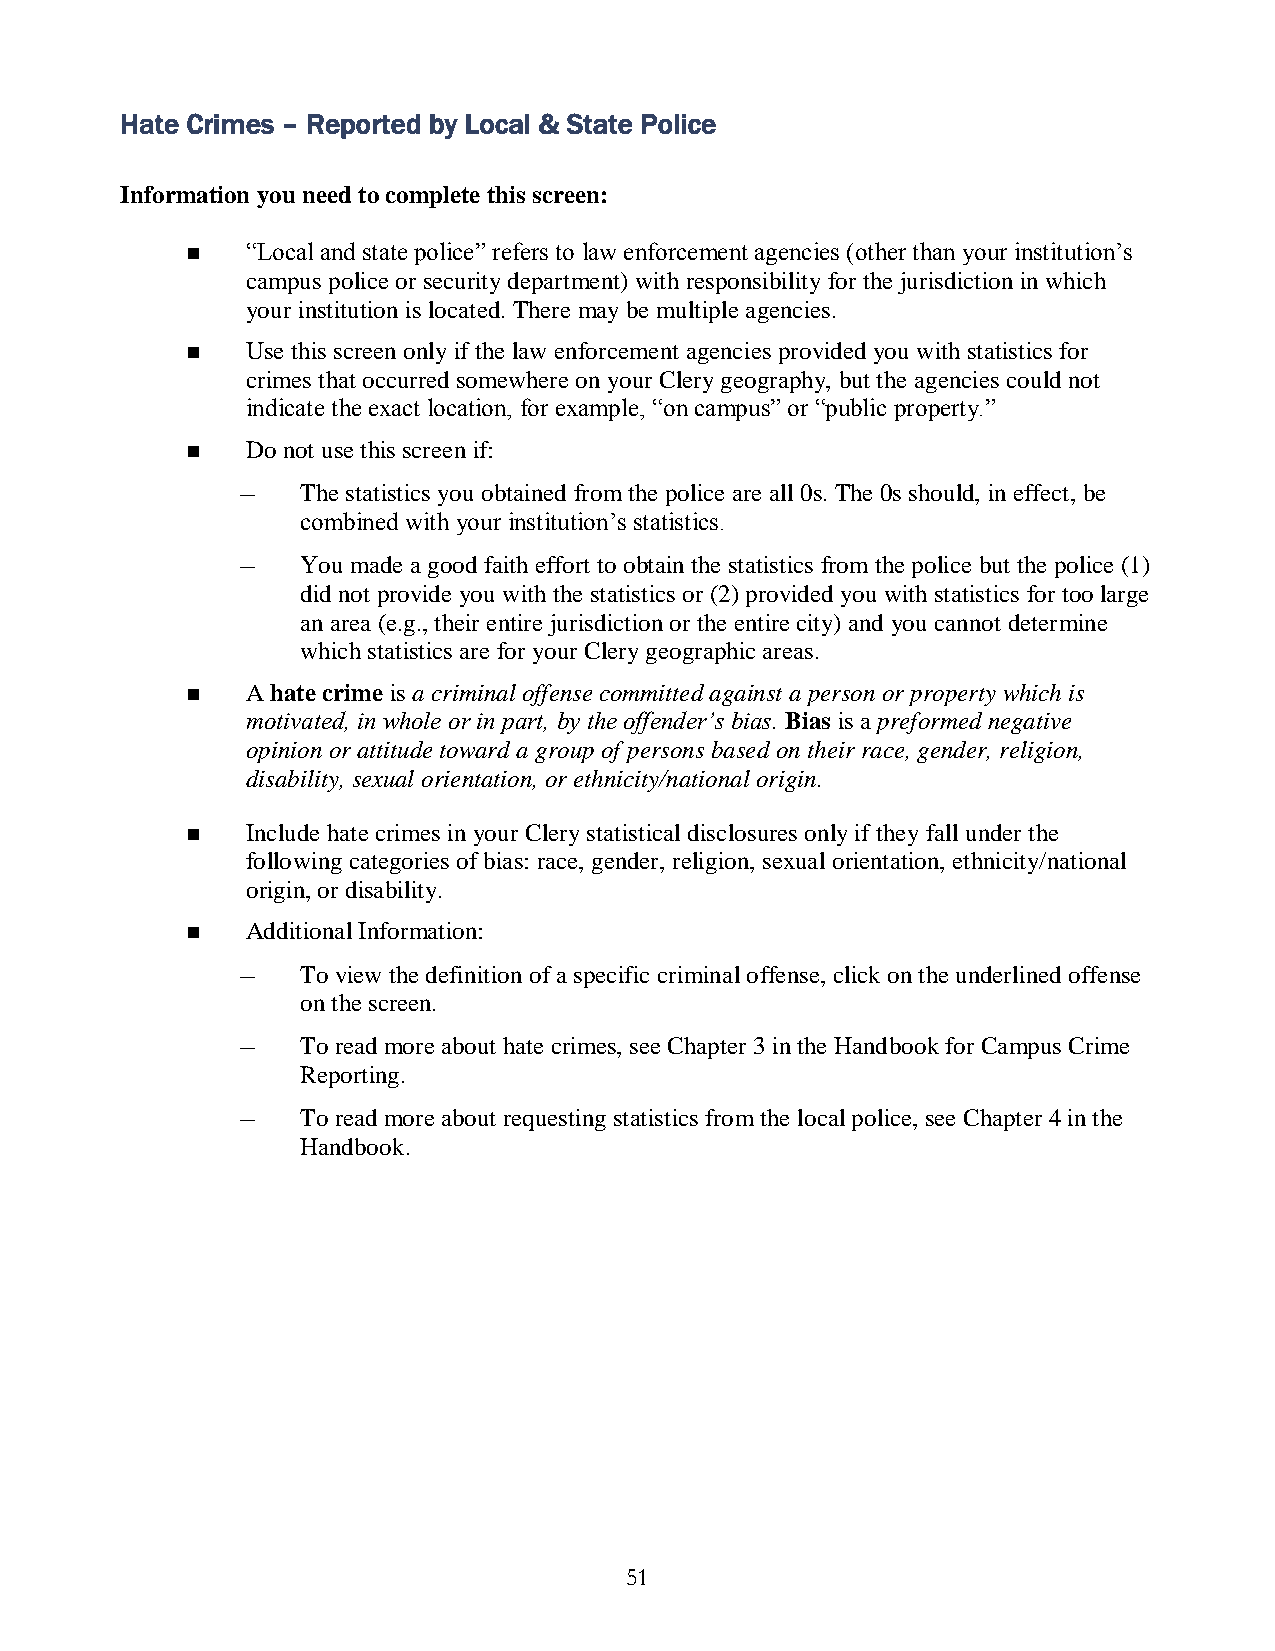
Hate Crimes – Reported by Local & State Police
 Information you need to complete this screen:
    “Local and state police” refers to law enforcement agencies (other than your institution’s
 campus police or security department) with responsibility for the jurisdiction in which
 your institution is located. There may be multiple agencies.
    Use this screen only if the law enforcement agencies provided you with statistics for
 crimes that occurred somewhere on your Clery geography, but the agencies could not
 indicate the exact location, for example, “on campus” or “public property.”
    Do not use this screen if:
 –   The statistics you obtained from the police are all 0s. The 0s should, in effect, be
 combined with your institution’s statistics.
 –   You made a good faith effort to obtain the statistics from the police but the police (1)
 did not provide you with the statistics or (2) provided you with statistics for too large
 an area (e.g., their entire jurisdiction or the entire city) and you cannot determine
 which statistics are for your Clery geographic areas.
    A hate crime is a criminal offense committed against a person or property which is
 motivated, in whole or in part, by the offender’s bias. Bias is a preformed negative
 opinion or attitude toward a group of persons based on their race, gender, religion,
 disability, sexual orientation, or ethnicity/national origin.
    Include hate crimes in your Clery statistical disclosures only if they fall under the
 following categories of bias: race, gender, religion, sexual orientation, ethnicity/national
 origin, or disability.
    Additional Information:
 –   To view the definition of a specific criminal offense, click on the underlined offense
 on the screen.
 –   To read more about hate crimes, see Chapter 3 in the Handbook for Campus Crime
 Reporting.
 –   To read more about requesting statistics from the local police, see Chapter 4 in the
 Handbook.
 51